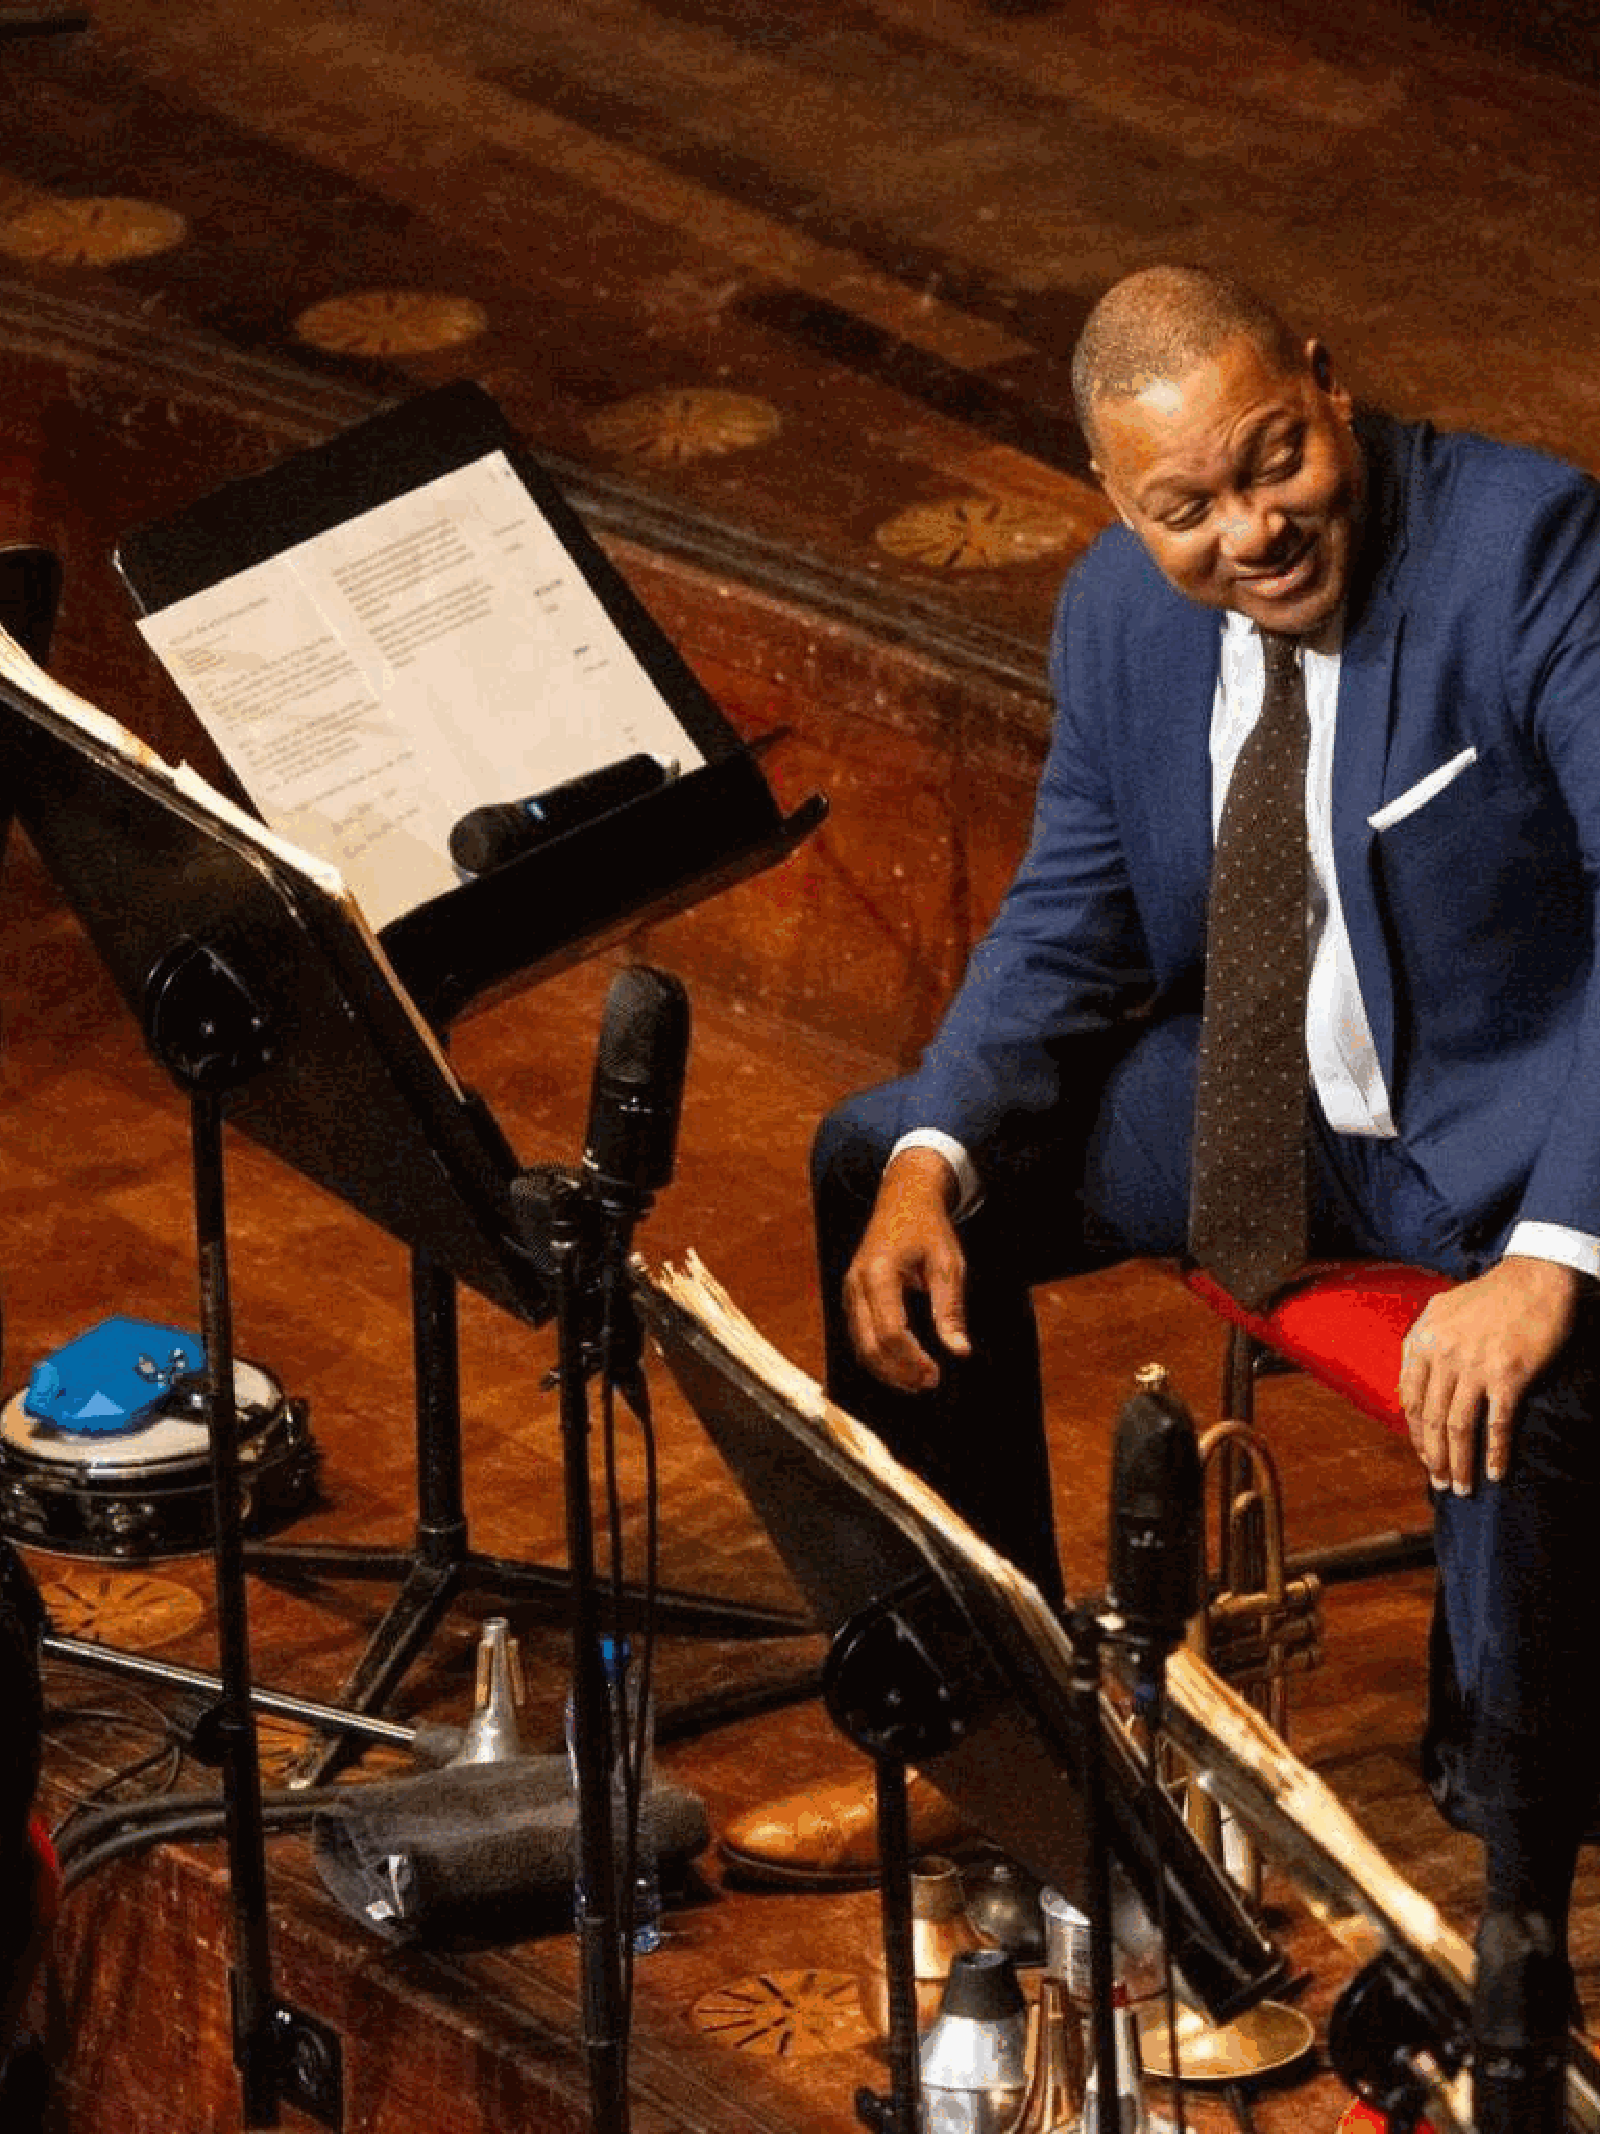
Jambo  Africa Online - Vol.6, March 2021
 16        - Africa: Services. Products. Channels.